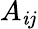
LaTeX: A_{\mathit{i}j}